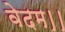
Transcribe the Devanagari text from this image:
वेदम।।